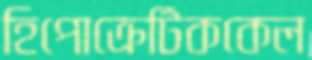
হিপোক্রেটিককেল